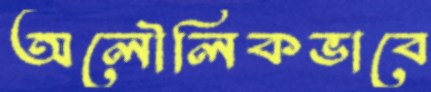
অলৌলিকভাবে